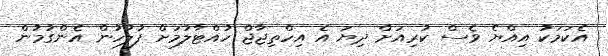
އެކަމަކު އިއްޔެ ވެސް ކުރިއަށް ދިޔަ އެ އިހްތިޖާޖް ހުއްޓާލުމަށް ފުލުހުން އެންގުމުން